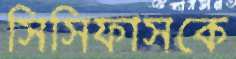
সিসিফাসকে